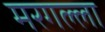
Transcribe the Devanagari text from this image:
मरगल्ला